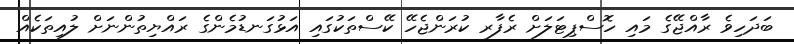
ބަދަހިވެ ރާއްޖޭގެ މައި ހޮސްޕިޓަލަށް ރެފާރ ކުރަންޖެހޭ ކޭސްތަކުގައި އަޅުގަނޑުމެންގެ ރައްޔިތުންނަށް ލުއިތަކެއް